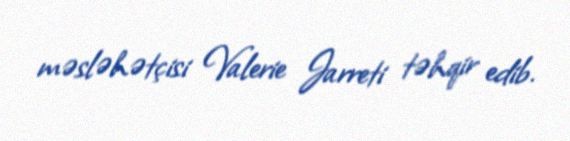
məsləhətçisi Valerie Jarreti təhqir edib.